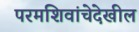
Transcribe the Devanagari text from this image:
परमशिवांचेदेखील